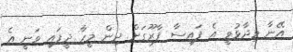
އޭނާ ވިދާޅުވީ އެ ފައިސާ ފާރޫގަށް ދިން މީހާ ދީފައި ވަނީ އެ